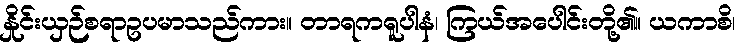
နှိုင်းယှဉ်စရာဥပမာသည်ကား။ တာရကရူပါနံ၊ ကြယ်အပေါင်းတို့၏။ ယကာစိ၊